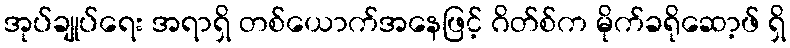
အုပ်ချုပ်ရေး အရာရှိ တစ်ယောက်အနေဖြင့် ဂိတ်စ်က မိုက်ခရိုဆော့ဖ် ရှိ